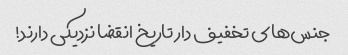
جنس‌های تخفیف دار تاریخ انقضا نزدیکی دارند!